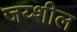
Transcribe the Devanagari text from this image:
जय्शील